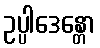
ဥပ္ပါဒေန္တော